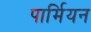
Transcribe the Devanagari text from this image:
पार्मियन